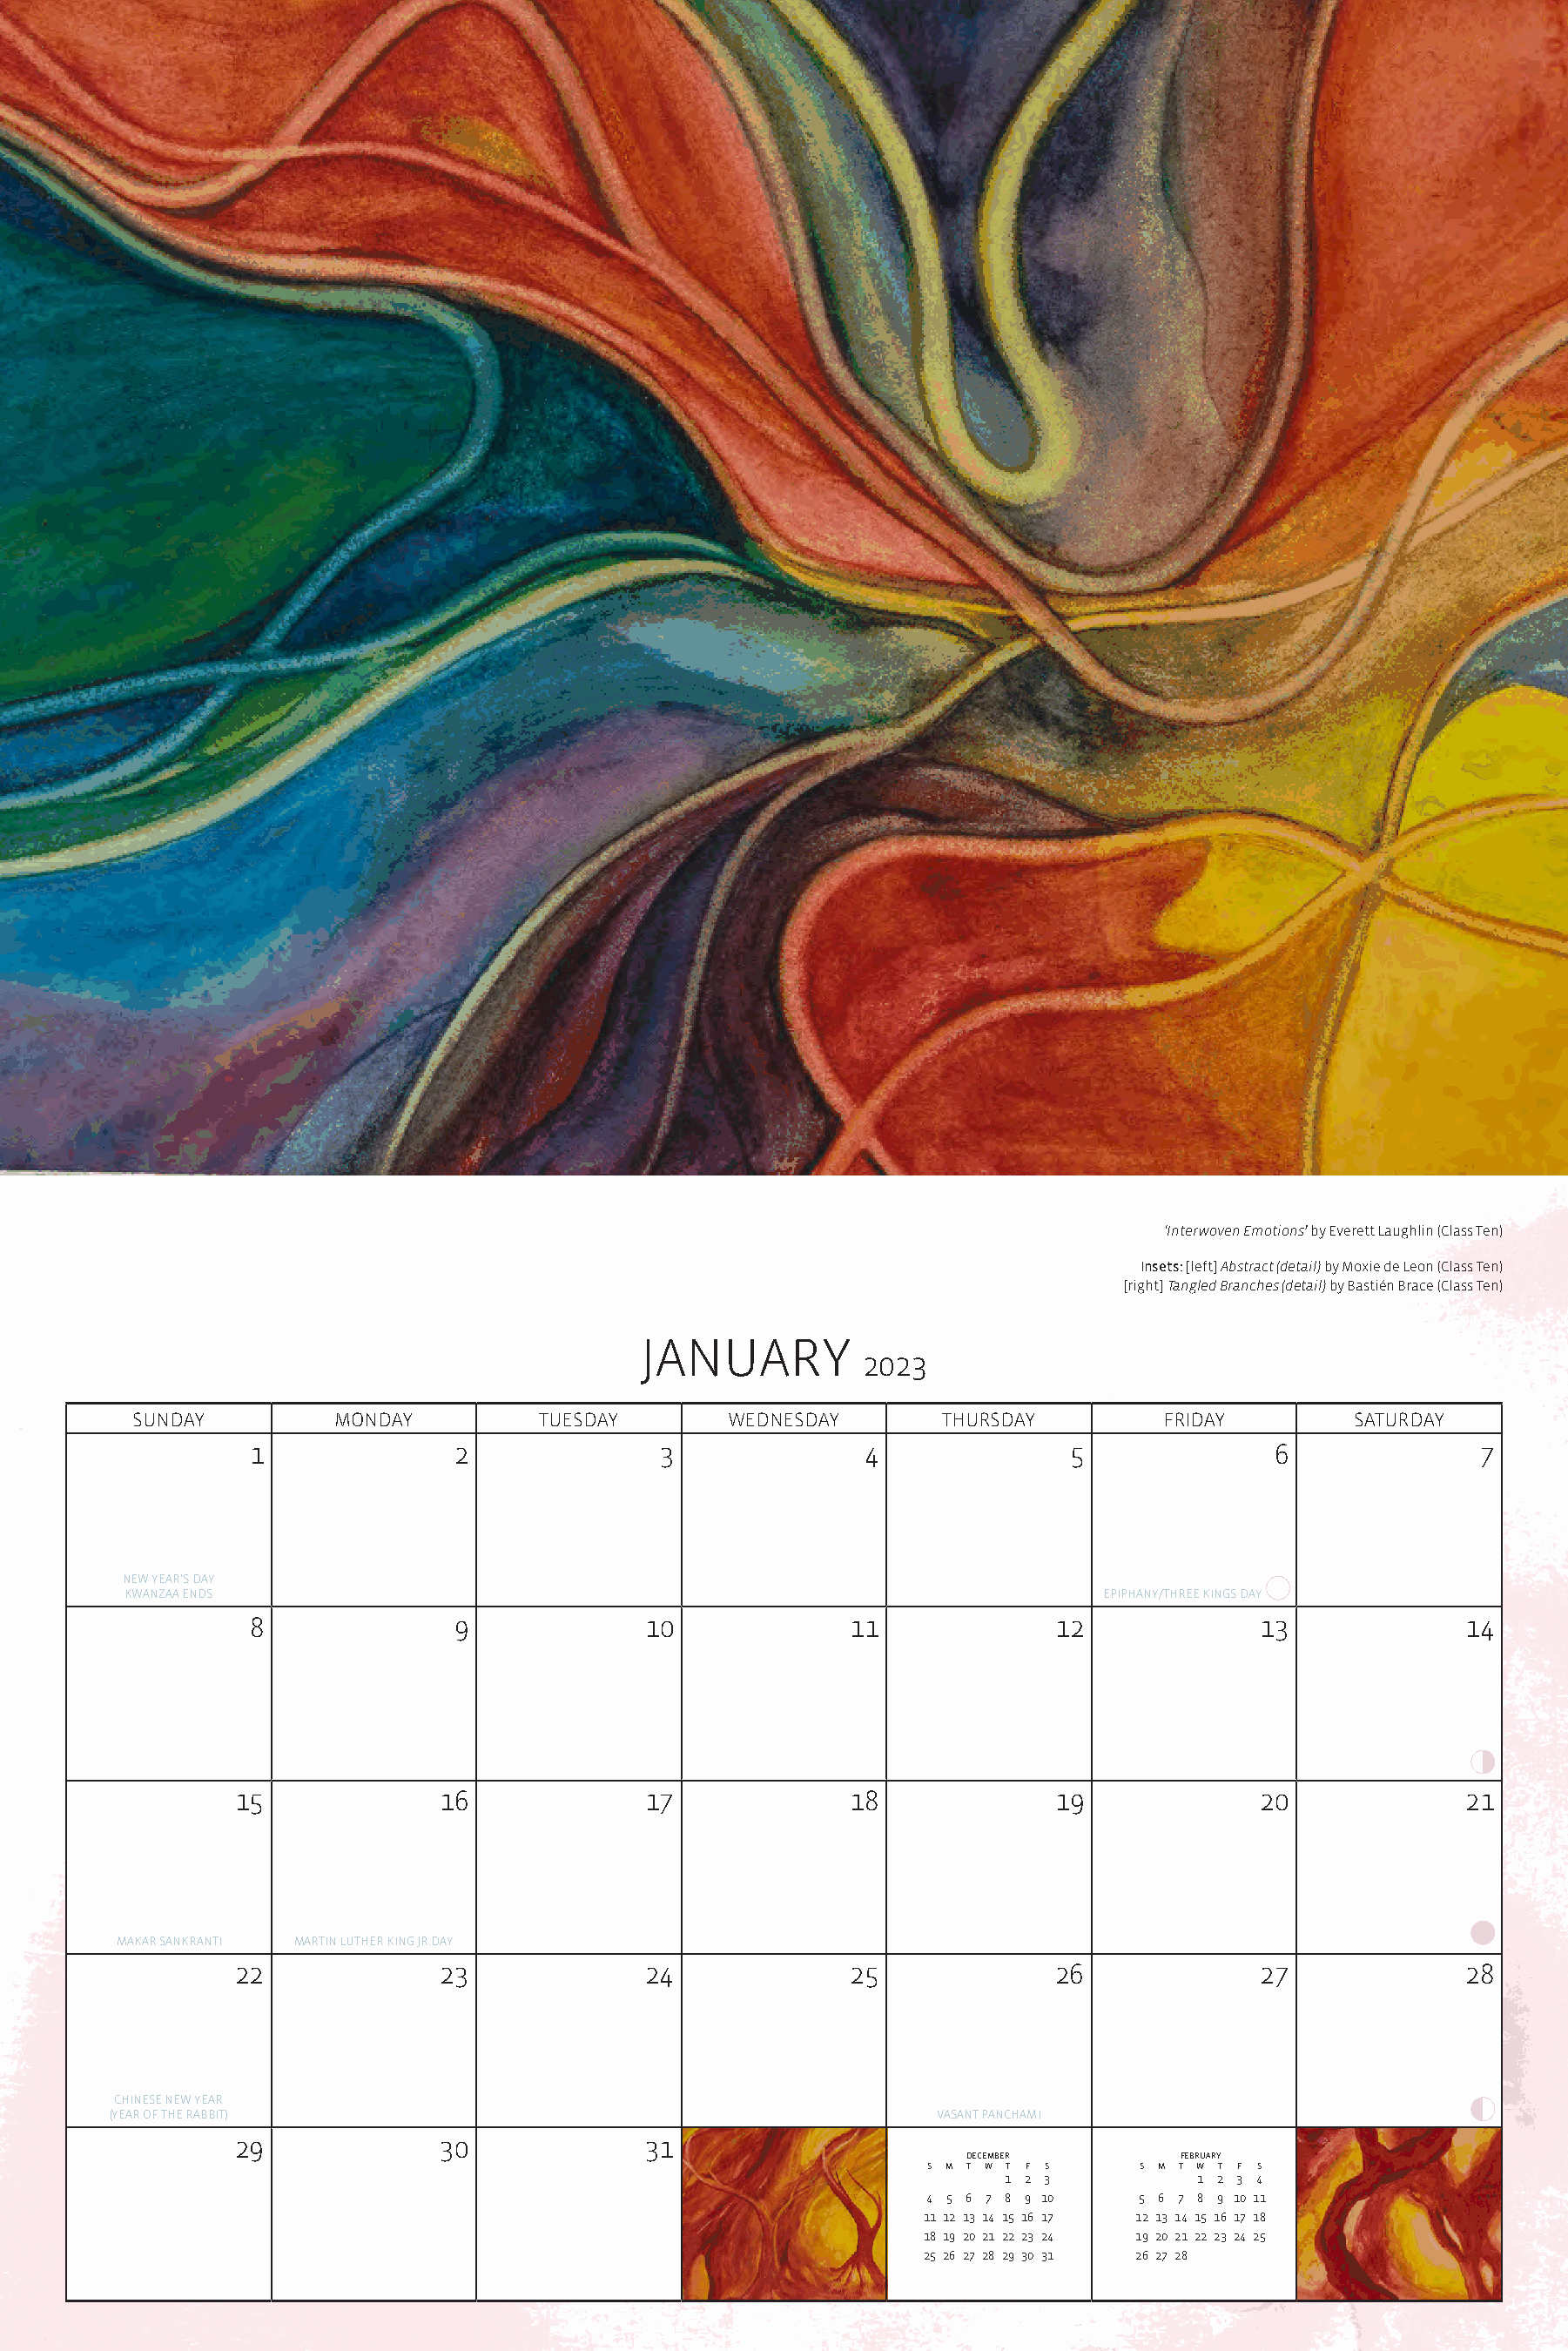
‘Interwoven Emotions’ by Everett Laughlin (Class Ten)
 Insets: [left] Abstract (detail) by Moxie de Leon (Class Ten)
 [right] Tangled Branches (detail) by Bastién Brace (Class Ten)
 JANUARY
 2023
 SUNDAY         MONDAY          TUESDAY       WEDNESDAY        THURSDAY        FRIDAY         SATURDAY
 1               2              3               4              5               6              7
 NEW YEAR’S DAY
 KWANZAA ENDS                                                               EPIPHANY/THREE KINGS DAY
 8               9             10              11             12              13             14
 15             16              17              18             19              20             21
 MAKAR SANKRANTI MARTIN LUTHER KING JR.DAY
 22             23              24              25             26              27             28
 CHINESE NEW YEAR
 (YEAR OF THE RABBIT)                                           VASANT PANCHAMI
 29             30              31
 december         february
 S M T W T F S    S M T W T F S
 1 2 3          1 2 3 4
 4 5 6 7 8 9 10   5 6 7 8 9 10 11
 11 12 13 14 15 16 17 12 13 14 15 16 17 18
 18 19 20 21 22 23 24 19 20 21 22 23 24 25
 25 26 27 28 29 30 31 26 27 28